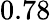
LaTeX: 0.78